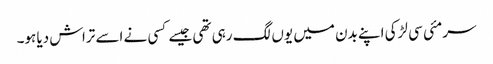
سرمئی سی لڑکی اپنے بدن میں یوں لگ رہی تھی جیسے کسی نے اسے تراش دیا ہو۔